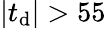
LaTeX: |t_{\mathrm{d}}|>55